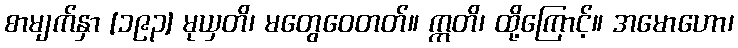
စာမျက်နှာ [၁၉၃] မုယှတိ၊ မတွေဝေတတ်။ ဣတိ၊ ထို့ကြောင့်။ အမောဟော၊